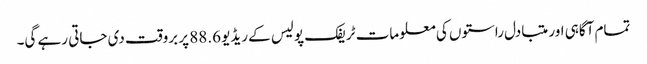
تمام آگاہی اور متبادل راستوں کی معلومات ٹریفک پولیس کے ریڈیو 88.6 پر بروقت دی جاتی رہے گی۔